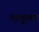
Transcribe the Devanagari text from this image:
मायुम्बा